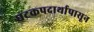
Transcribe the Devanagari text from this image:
घटकपदार्थापासून